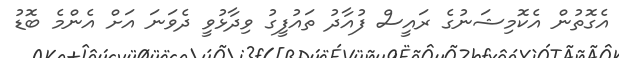
އެގޮތުން އެކޮމިޝަނުގެ ރައީސް ފުއާދު ތައުފީގު ވިދާޅުވީ ދެވަނަ އަށް އެންމެ ބޮޑު